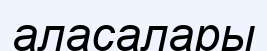
аласалары